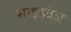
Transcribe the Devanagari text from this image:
साइडवेज